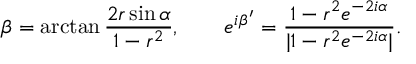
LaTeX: \beta = \arctan \frac { 2 r \sin \alpha } { 1 - r ^ { 2 } } , \qquad e ^ { i \beta ^ { \prime } } = \frac { 1 - r ^ { 2 } e ^ { - 2 i \alpha } } { | 1 - r ^ { 2 } e ^ { - 2 i \alpha } | } .